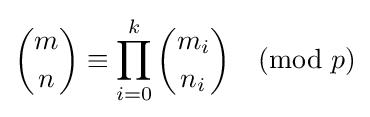
{\binom {m}{n}}\equiv \prod _{i=0}^{k}{\binom {m_{i}}{n_{i}}}{\pmod {p}}